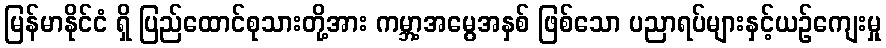
မြန်မာနိုင်ငံ ရှိ ပြည်ထောင်စုသားတို့အား ကမ္ဘာ့အမွေအနှစ် ဖြစ်သော ပညာရပ်များနှင့်ယဉ်ကျေးမှု